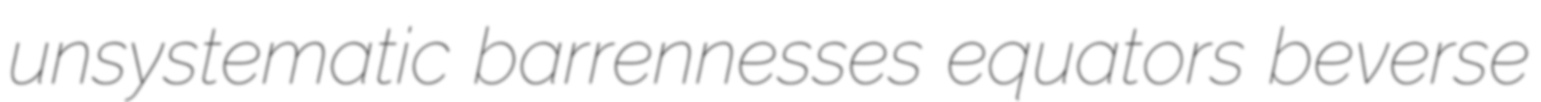
unsystematic barrennesses equators beverse